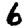
Digit: 6